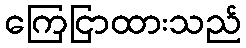
ကြေငြာထားသည်